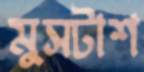
মুসটাশ